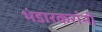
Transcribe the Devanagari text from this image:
भंडारकरांनी